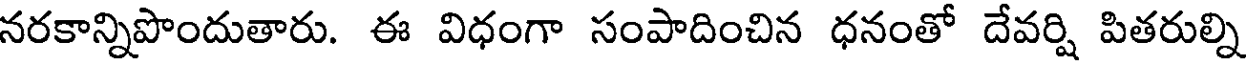
నరకాన్నిపొందుతారు. ఈ విధంగా సంపాదించిన ధనంతో దేవర్షి పితరుల్ని